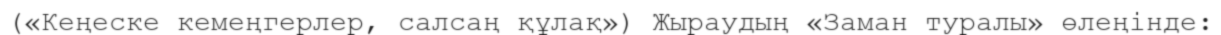
(«Кеңеске кемеңгерлер, салсаң құлақ») Жыраудың «Заман туралы» өлеңінде: